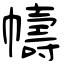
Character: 幬